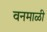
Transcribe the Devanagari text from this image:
वनमाळी